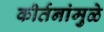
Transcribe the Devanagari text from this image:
कीर्तनांमुळे